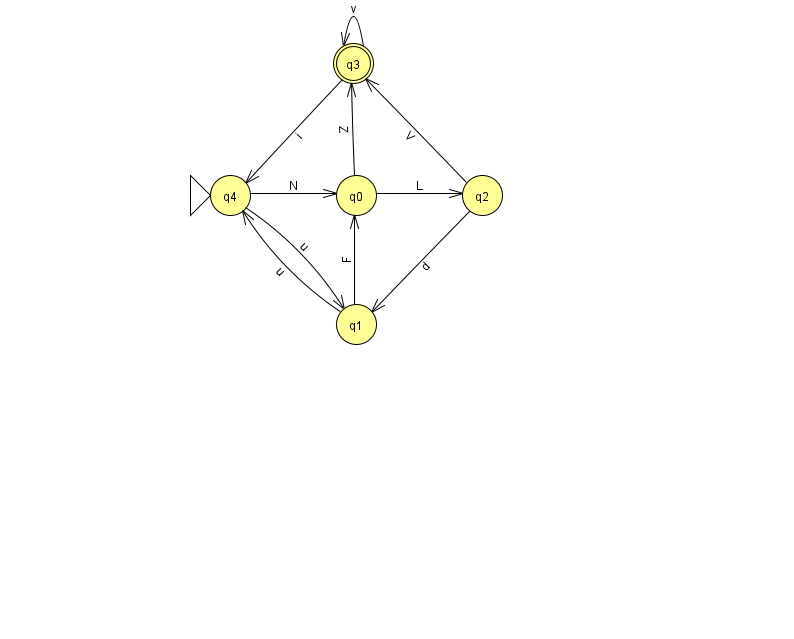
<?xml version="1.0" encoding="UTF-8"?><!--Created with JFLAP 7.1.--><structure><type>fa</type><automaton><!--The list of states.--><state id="0" name="q0"><x>356.0</x><y>182.0</y></state><state id="1" name="q1"><x>356.0</x><y>311.0</y></state><state id="2" name="q2"><x>482.0</x><y>182.0</y></state><state id="3" name="q3"><x>353.0</x><y>50.0</y><final/></state><state id="4" name="q4"><x>230.0</x><y>182.0</y><initial/></state><!--The list of transitions.--><transition><from>1</from><to>0</to><read>F</read></transition><transition><from>3</from><to>4</to><read>i</read></transition><transition><from>0</from><to>2</to><read>L</read></transition><transition><from>4</from><to>0</to><read>N</read></transition><transition><from>3</from><to>3</to><read>v</read></transition><transition><from>2</from><to>1</to><read>d</read></transition><transition><from>0</from><to>3</to><read>Z</read></transition><transition><from>1</from><to>4</to><read>u</read></transition><transition><from>4</from><to>1</to><read>u</read></transition><transition><from>2</from><to>3</to><read>V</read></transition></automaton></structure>